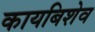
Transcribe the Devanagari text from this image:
कायबिशेव